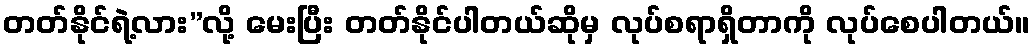
တတ်နိုင်ရဲ့လား”လို့ မေးပြီး တတ်နိုင်ပါတယ်ဆိုမှ လုပ်စရာရှိတာကို လုပ်စေပါတယ်။